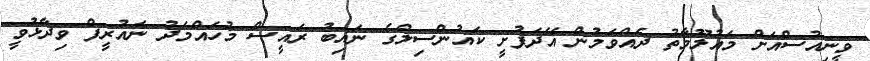
ވީނިއުސްއަށް މައުލޫމާތު ދެއްވަމުން އޭދަފުށީ ކައުންސިލްގެ ނައިބު ރައީސް މުހައްމަދު ނައުރީފް ވިދާޅުވީ